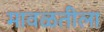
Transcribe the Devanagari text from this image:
मावळतीला